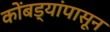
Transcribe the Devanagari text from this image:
कोंबड्यांपासून